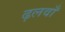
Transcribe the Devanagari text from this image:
ढ़लवाँ